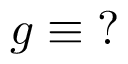
g \equiv \operatorname { \mathrm { ? } }